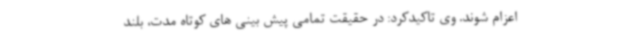
اعزام شوند. وی تاکیدکرد: در حقیقت تمامی پیش بینی های کوتاه مدت، بلند